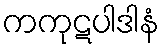
ကကုဋပါဒါနံ